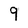
Character: 9